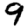
Digit: 9